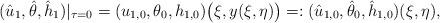
LaTeX: \begin{align*}(\hat u_1,\hat \theta,\hat h_1)|_{\tau=0}=(u_{1,0},\theta_0,h_{1,0})\big(\xi,y(\xi,\eta)\big)=:(\hat u_{1,0},\hat \theta_0,\hat h_{1,0})(\xi,\eta),\end{align*}